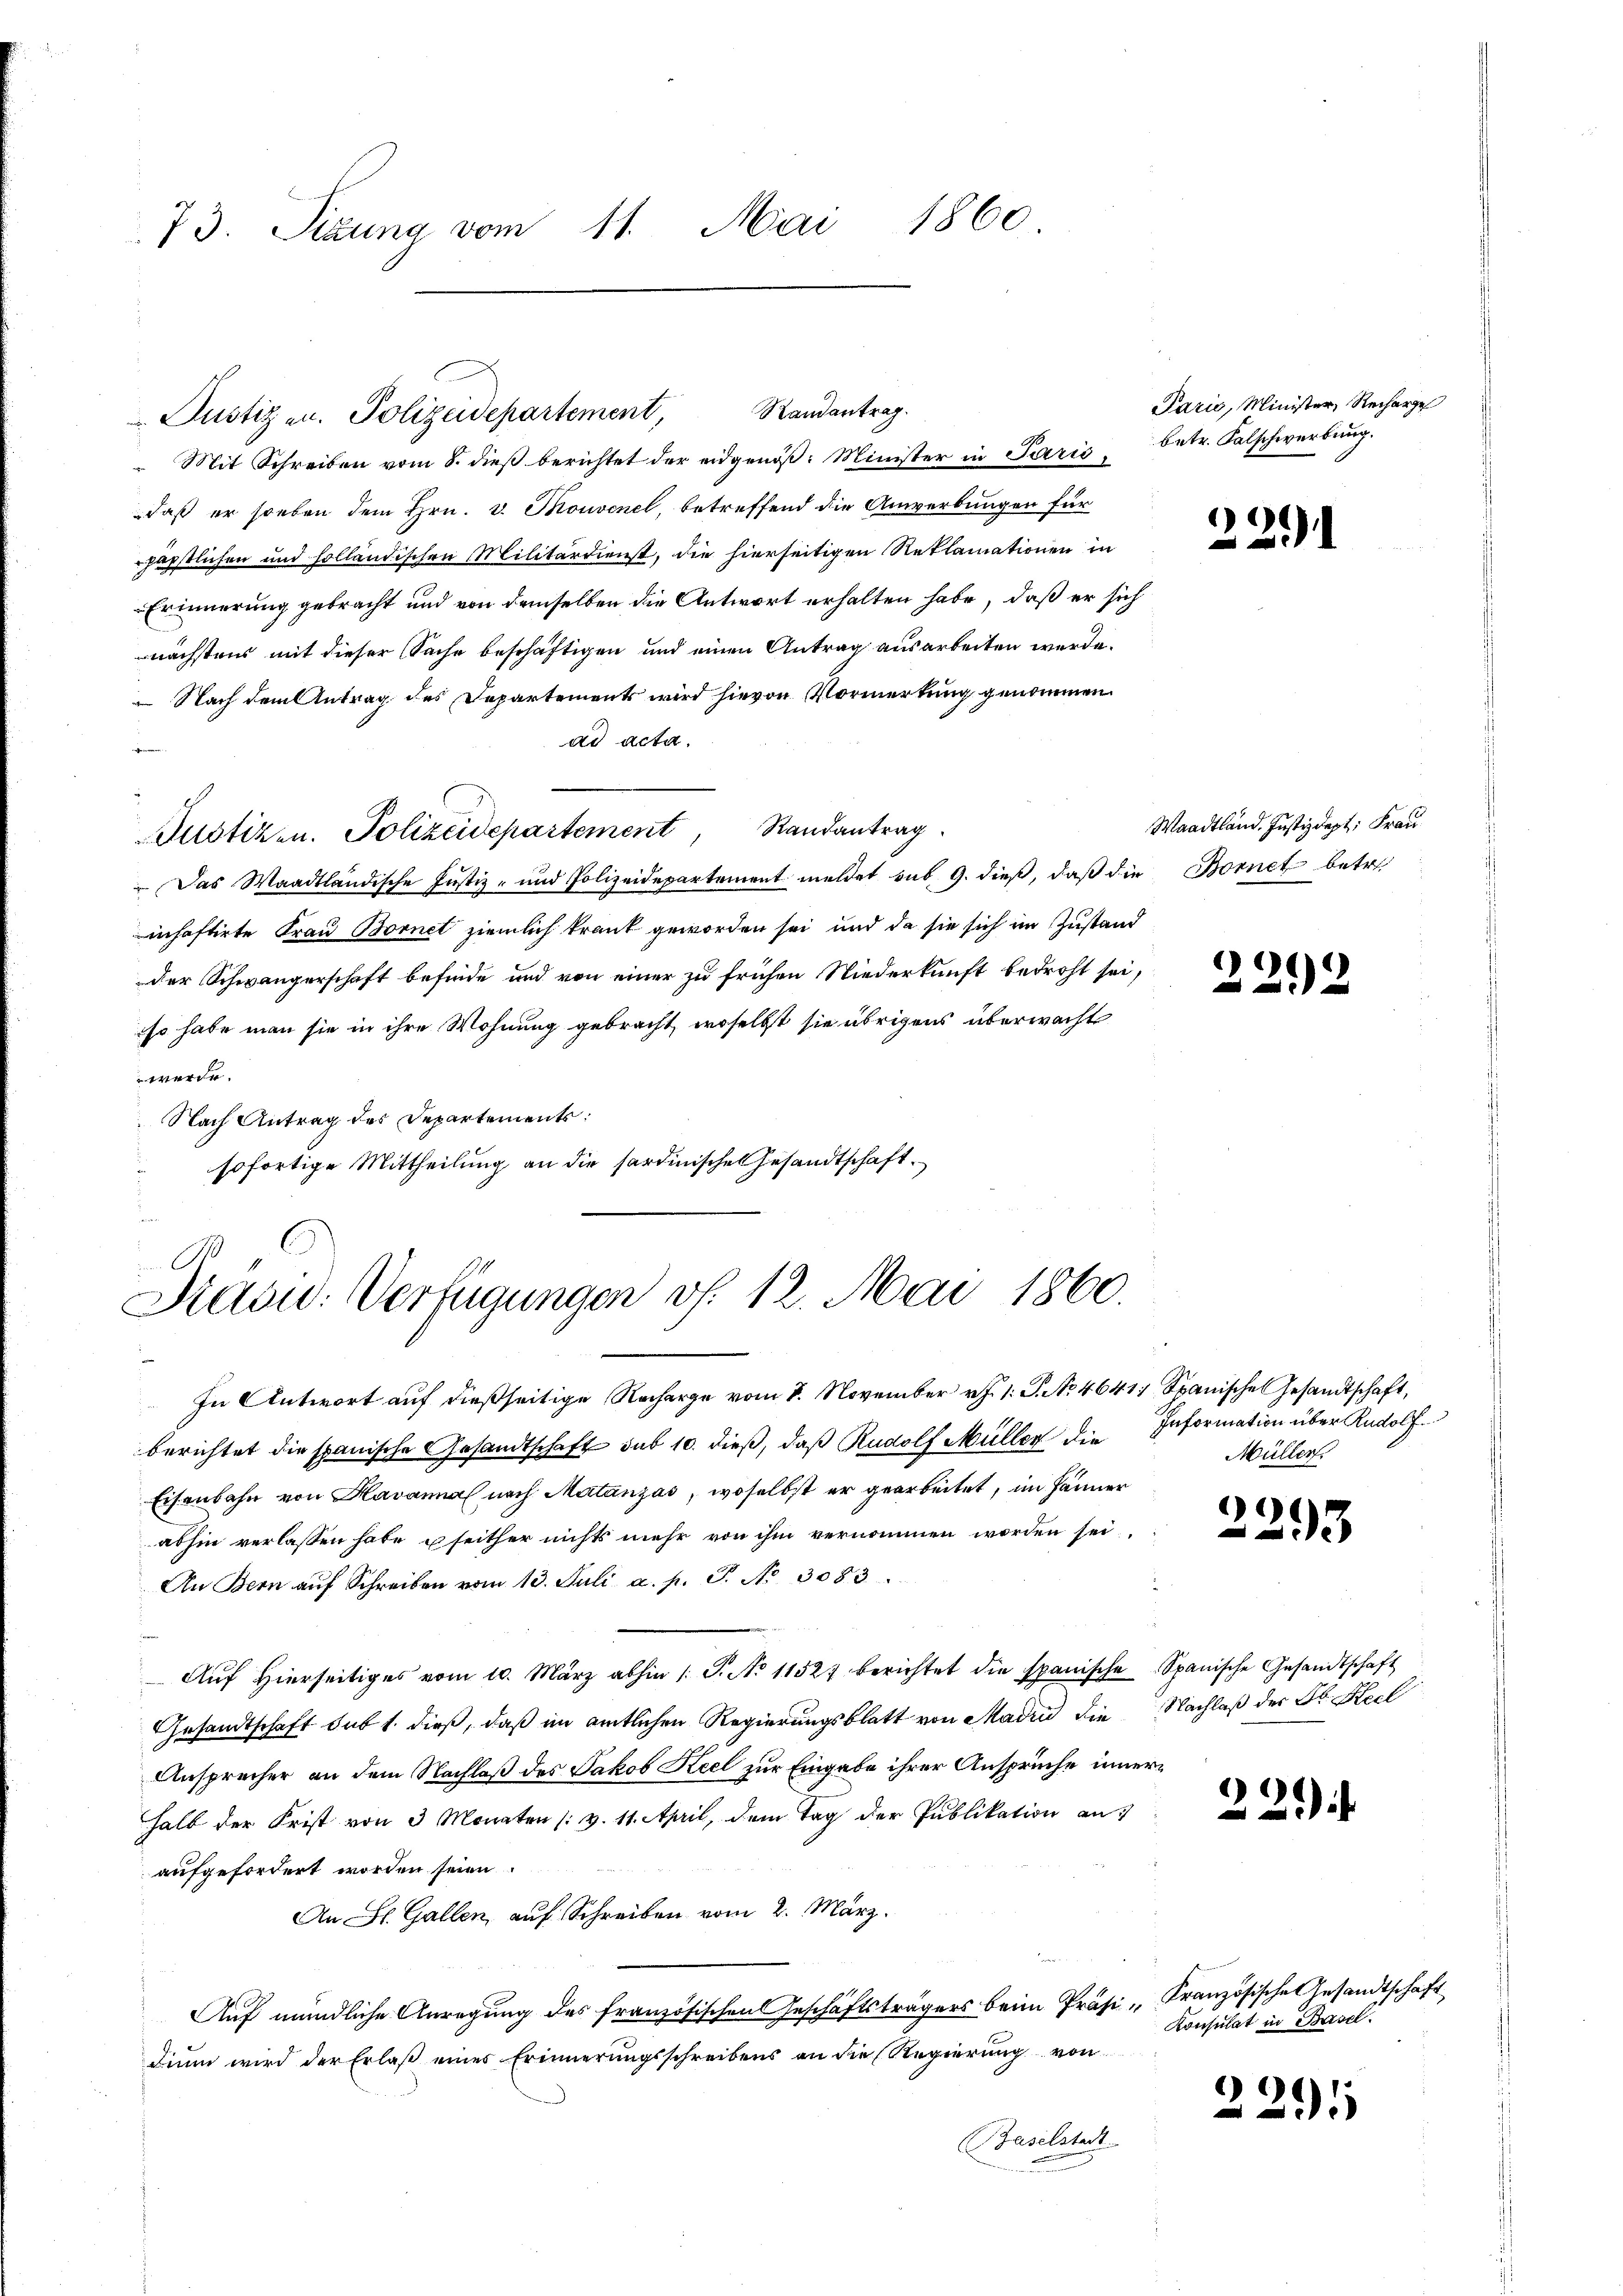
73. Sizung vom 11. Mai 1860

Mit Schreiben vom 8. dieß berichtet der eidgenöß: Minister in Paris,
daß er soeben dem Hrn. v. Thouvenel, betreffend die Anwerbungen für
päpstlichen und holländischen Militärdienst, die hierseitigen Reklamationen in
Erinnerung gebracht und von demselben die Antwort erhalten habe, daß er sich
nächstens mit dieser Sache beschäftigen und einen Antrag ausarbeiten werde.
 Nach dem Antrag des Departements wird hievon Vormerkung genommen.
ad acta.
mne
ustizen. Polizeidepartement, Randantrag
 Das Waadtländische Justiz- und Polizeidepartement meldet sub. 9. dieß, daß die Bornet betr.
inhaftirte Frau Bornet ziemlich krank geworden sei, und da sie sich im Zustand
der Schwängerschaft befinde und von einer zu frühen Niederkunft bedroht sei,
so habe man sie in ihre Wohnung gebracht, woselbst sie übrigens überwacht
werde.
 Nach Antrag des Departements:
sofortige Mittheilung an die sardinische Gesandtschaft.

Justiz u. Polizeidepartement, Randantrag.

1,
Präsid. Verfügungen v. 12. Mai 1860.

Paris, Minister, Recharge
betr. Kalschwerbung.

In Antwort auf dießseitige Nacharge vom 8. November rf. 1: P. No 4641; Spanische Gesandtschaft,
berichtet die spanische Gesandtschaft sub 10. dieß, daß Rudolf Müller die Information über Rudolf
Eisenbahn von Havanna nach Matanzas, woselbst er gearbeitet, im Jänner
abhin verlassen habe u seither nichts mehr von ihm vernommen worden sei.
An Bern aŭf Schreiben vom 13. Juli a. p. S. Nr. 3083.
Aŭf hierseitiges vom 10. März abhin 1 S. No 11527 berichtet die spanische Spanische Gesandtschaft
Gesandtschaft sub 1. dieß, daß im amtlichen Regierungsblatt von Madin die Nachlaß der Dr. Keel
Ansprecher an dem Nachlaß des Jakob Keel zur Eingabe ihrer Ansprüche innerhalb der Frist von 3 Monaten (v. 11. April, dem Tag der Publikation auf
aufgefordert worden seien.
An St. Gallen, auf Schreiben vom 2. März.
Auf mündliche Anregung des französischen Geschäftsträgers beim Präsi-Kranzösische Gesandtschaft
dium wird der Erlaß eines Erinnerungsschreibens an die Regierung von
Baselstadt

221

Waadtländ. Justizdept: Frau

2212

Müller.

e
3

)
2

2291

Konsulat in Basel.